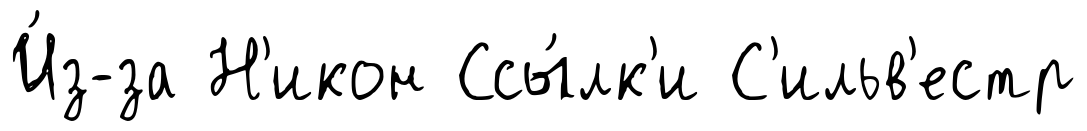
И́з-за Н'икон Ссы́лк'и С'ильв'естр